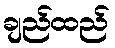
ချည်ထည်